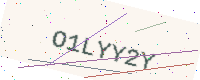
Text: O1LYY2Y